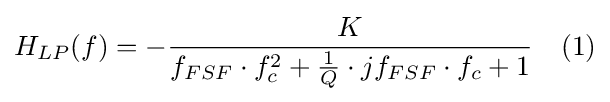
H_{LP}(f)=-{\frac {K}{f_{FSF}\cdot f_{c}^{2}+{\frac {1}{Q}}\cdot jf_{FSF}\cdot f_{c}+1}}\quad (1)